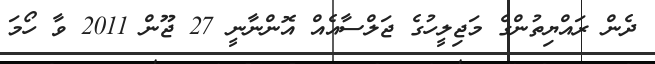
ދެން ރައްޔިތުންގެ މަޖިލީހުގެ ޖަލްސާއެއް އޮންނާނީ 27 ޖޫން 2011 ވާ ހޯމަ